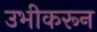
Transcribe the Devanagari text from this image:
उभीकरून